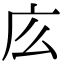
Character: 庅